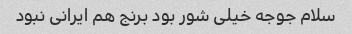
سلام جوجه خیلی شور بود برنج هم ایرانی نبود